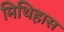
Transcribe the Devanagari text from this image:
मिथिहास